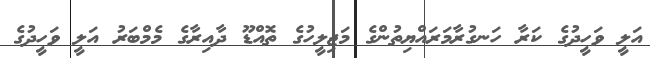
އަލީ ވަހީދުގެ ކަރާ ހަނގުރާމަރައްޔިތުންގެ މަޖިލީހުގެ ތޮއްޑޫ ދާއިރާގެ މެމްބަރު އަލީ ވަހީދުގެ